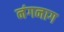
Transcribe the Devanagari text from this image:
नंगनाग